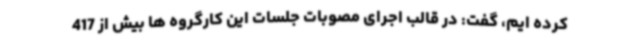
کرده ایم، گفت: در قالب اجرای مصوبات جلسات این کارگروه ها بیش از 417